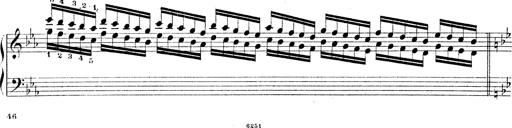
Title: Technische Studien
Composer: Franz Liszt